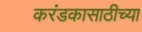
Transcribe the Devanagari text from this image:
करंडकासाठीच्या